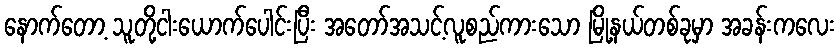
နောက်တော့ သူတို့ငါးယောက်ပေါင်းပြီး အတော်အသင့်လူစည်ကားသော မြို့နယ်တစ်ခုမှာ အခန်းကလေး